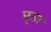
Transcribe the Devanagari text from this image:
मृता